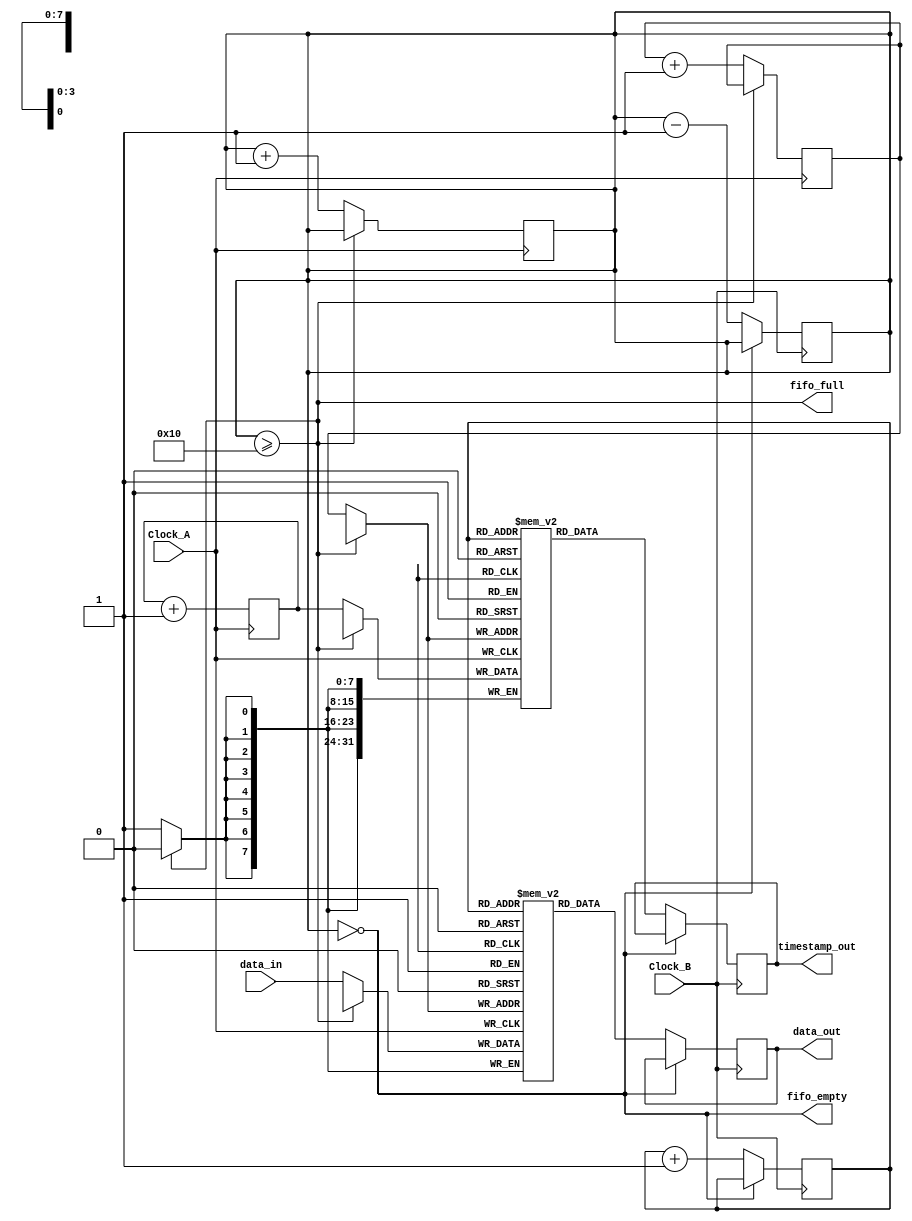
module time_stamped_synchronizer #(
    parameter DATA_WIDTH = 8,
    parameter TIMESTAMP_WIDTH = 32,
    parameter FIFO_DEPTH = 16
)(
    input wire Clock_A,
    input wire Clock_B,
    input wire [DATA_WIDTH-1:0] data_in,
    output reg [DATA_WIDTH-1:0] data_out,
    output reg [TIMESTAMP_WIDTH-1:0] timestamp_out,
    output wire fifo_full,
    output wire fifo_empty
);

    // Internal FIFO memory and pointers
    reg [DATA_WIDTH-1:0] fifo_data[FIFO_DEPTH-1:0];
    reg [TIMESTAMP_WIDTH-1:0] fifo_timestamp[FIFO_DEPTH-1:0];
    reg [3:0] write_pointer;
    reg [3:0] read_pointer;
    reg [3:0] fifo_count;

    // Time stamp generator
    reg [TIMESTAMP_WIDTH-1:0] time_stamp;

    // Write operation in Clock_A domain
    always @(posedge Clock_A) begin
        if (!fifo_full) begin
            // Capture data and timestamp
            fifo_data[write_pointer] <= data_in;
            fifo_timestamp[write_pointer] <= time_stamp;
            write_pointer <= write_pointer + 1;
            fifo_count <= fifo_count + 1;
        end
        // Update timestamp
        time_stamp <= time_stamp + 1;
    end

    // Read operation in Clock_B domain
    always @(posedge Clock_B) begin
        if (!fifo_empty) begin
            // Output data and timestamp
            data_out <= fifo_data[read_pointer];
            timestamp_out <= fifo_timestamp[read_pointer];
            read_pointer <= read_pointer + 1;
            fifo_count <= fifo_count - 1;
        end
    end

    // FIFO full and empty flags
    assign fifo_full = (fifo_count >= FIFO_DEPTH);
    assign fifo_empty = (fifo_count == 0);

    // Initialize pointers and count
    initial begin
        write_pointer = 0;
        read_pointer = 0;
        fifo_count = 0;
        time_stamp = 0;
    end

endmodule